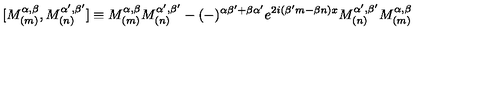
\lbrack M _ { ( m ) } ^ { \alpha , \beta } , M _ { ( n ) } ^ { \alpha ^ { \prime } , \beta ^ { \prime } } ] \equiv M _ { ( m ) } ^ { \alpha , \beta } M _ { ( n ) } ^ { \alpha ^ { \prime } , \beta ^ { \prime } } - ( - ) ^ { \alpha \beta ^ { \prime } + \beta \alpha ^ { \prime } } e ^ { 2 i ( \beta ^ { \prime } m - \beta n ) x } M _ { ( n ) } ^ { \alpha ^ { \prime } , \beta ^ { \prime } } M _ { ( m ) } ^ { \alpha , \beta }